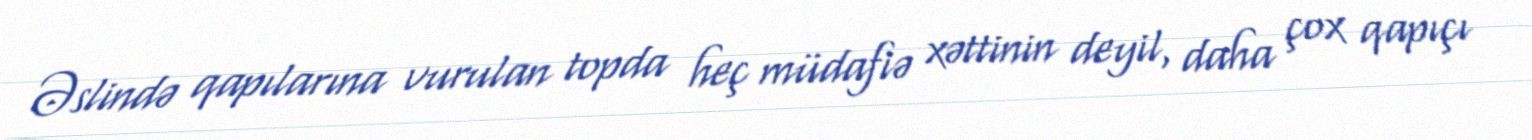
Əslində qapılarına vurulan topda heç müdafiə xəttinin deyil, daha çox qapıçı